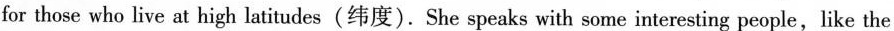
for those who live at high latitudes(纬度).She speaks with some interesting people,like the